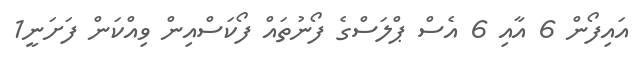
އައިފޯން 6 އާއި 6 އެސް ޕްލަސްގެ ފޯނުތައް ފޯކަސްއިން ވިއްކަން ފަށަނީ1